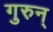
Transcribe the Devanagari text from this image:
गुरुन्